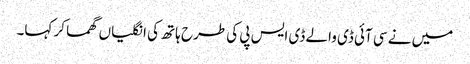
میں نے سی آئی ڈی والے ڈی ایس پی کی طرح ہاتھ کی انگلیاں گھما کر کہا۔